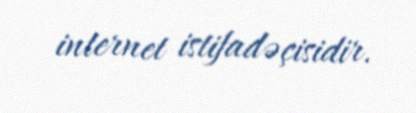
internet istifadəçisidir.